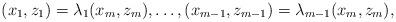
LaTeX: \begin{align*}(x_1, z_1)=\lambda_1(x_m, z_m), \dots, (x_{m-1}, z_{m-1})=\lambda_{m-1}(x_m, z_m),\end{align*}